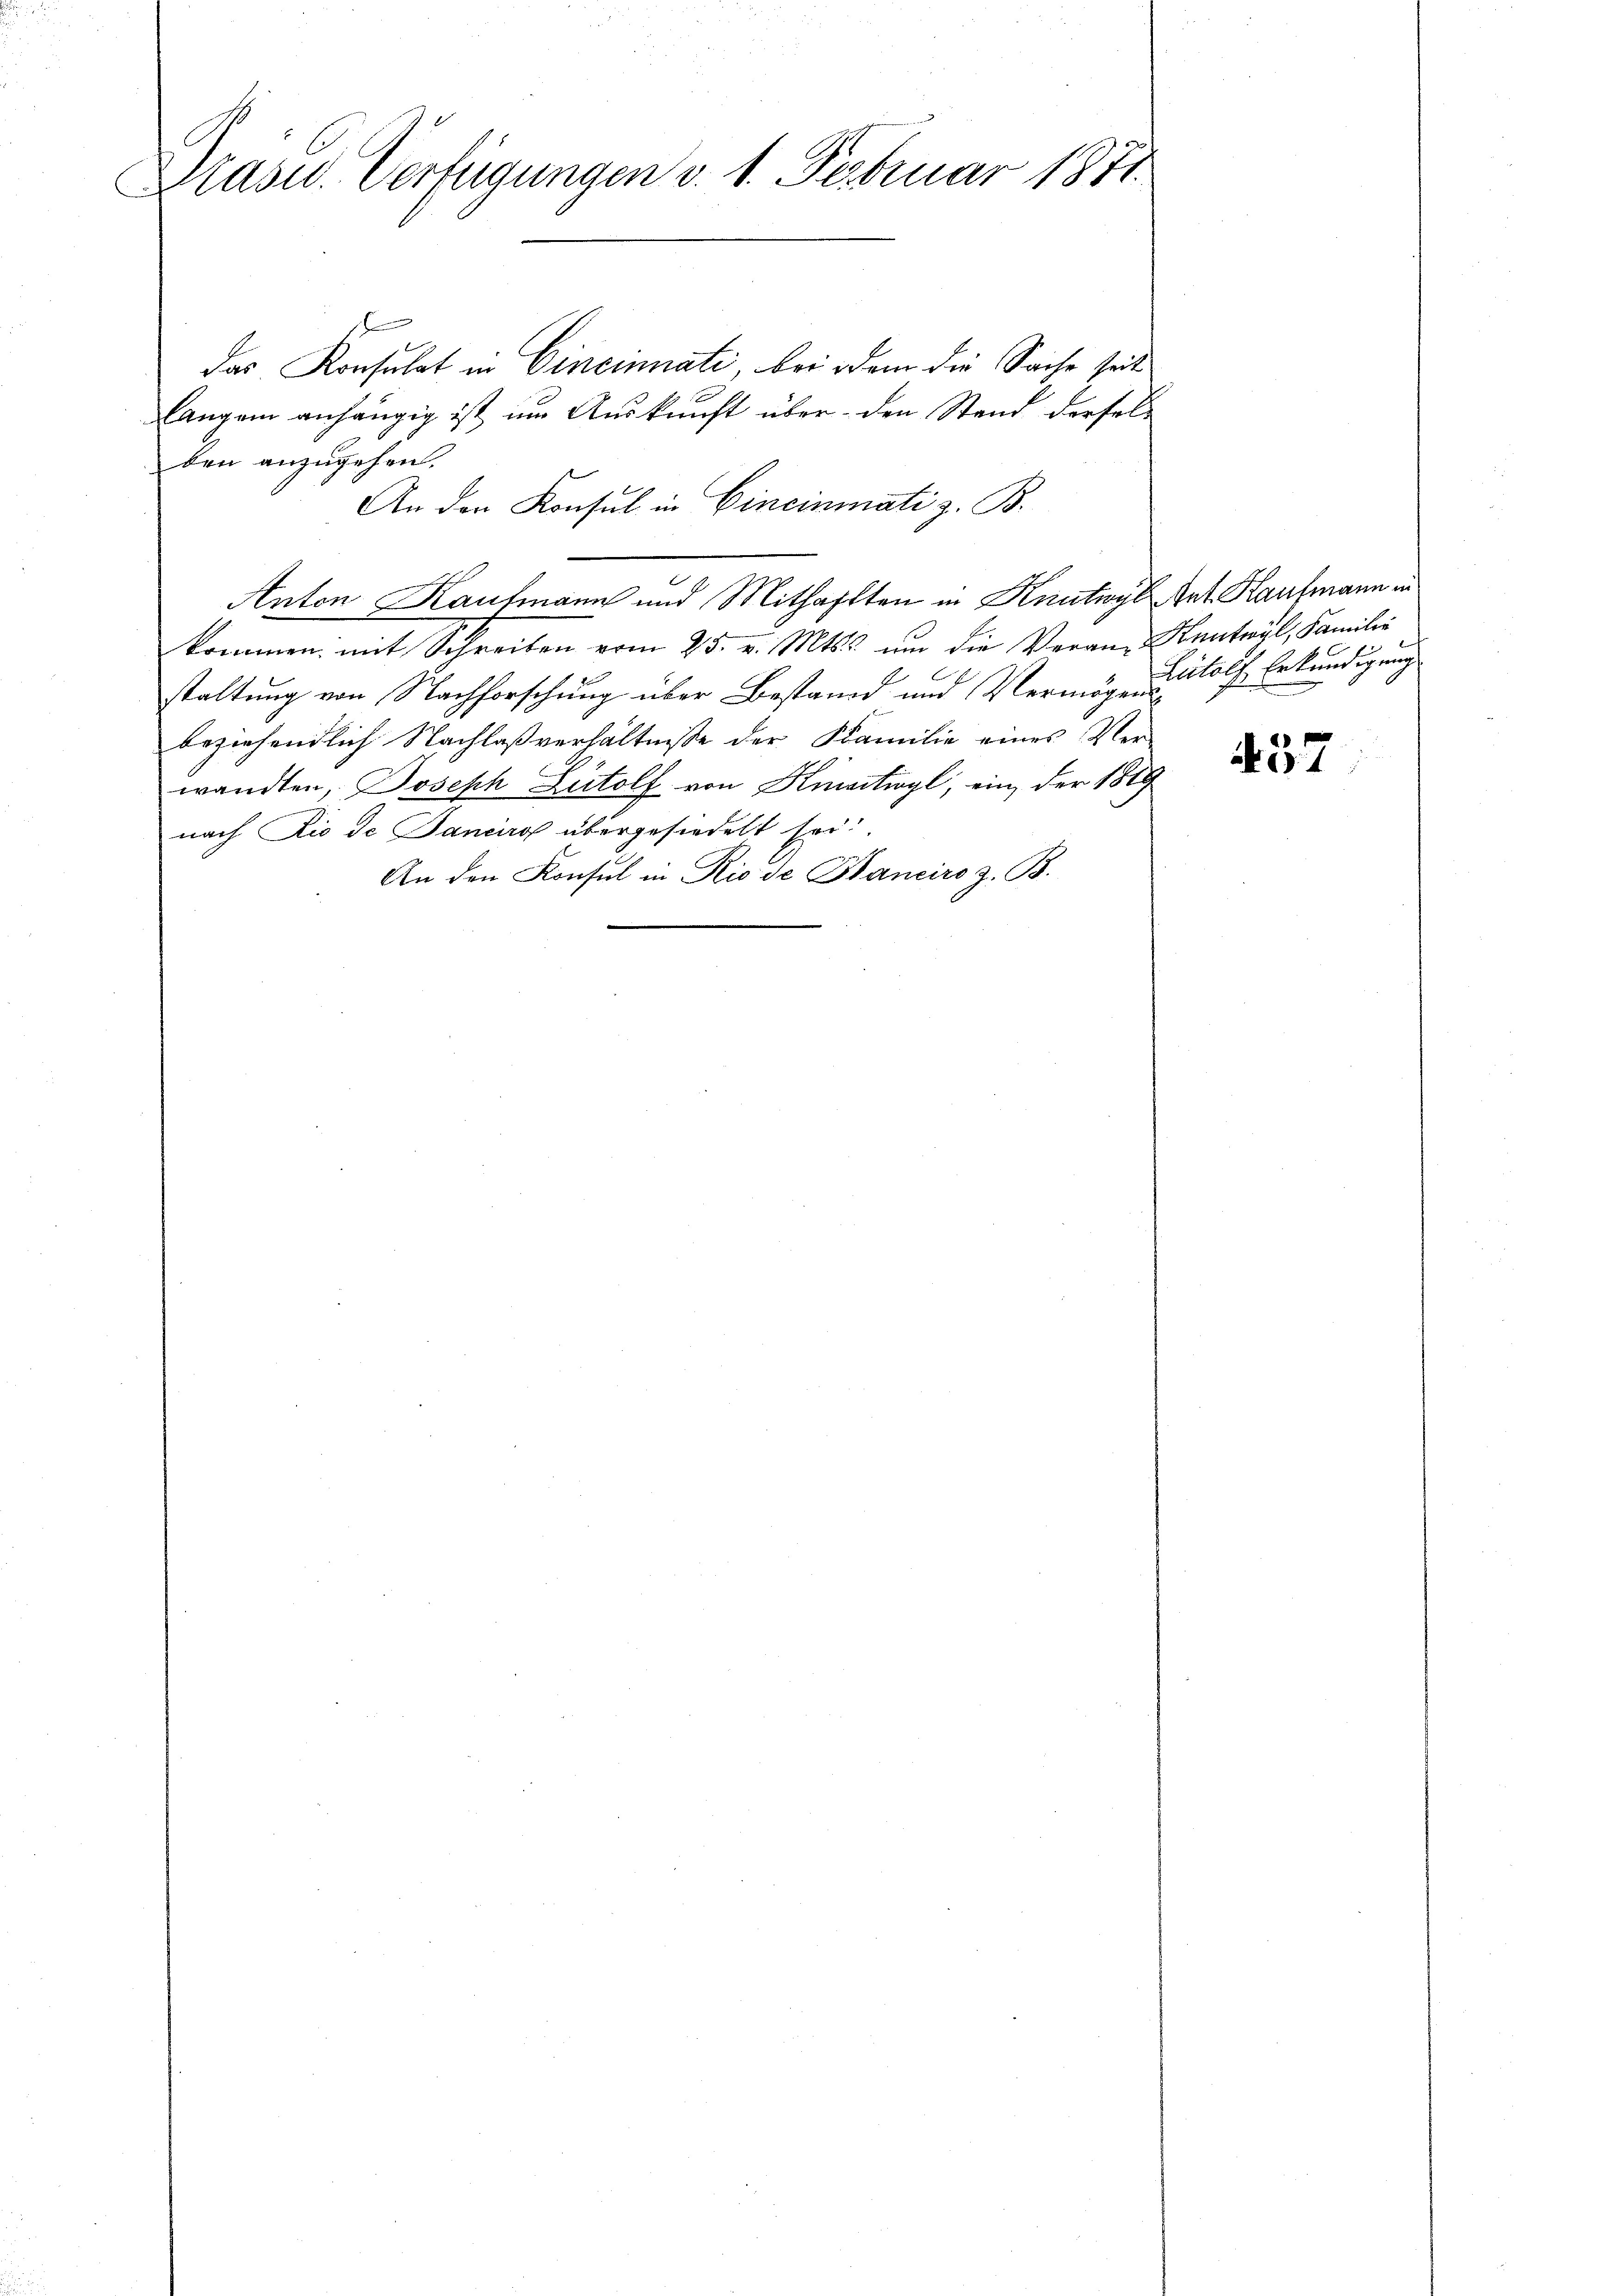
Kasu. Verfügungen v. 1. Februar 1871.
C

.
das Konsulat in Cincinnati bei dem die Sache seit
Langen anhängig ist im Auskunft über den Stand derselben anzugehen.
An den Konsul in Cincinati z. B.
Anton Kaufmann und Mithafften in Knutwyl des Kaufmann in
kommen, mit Schreiben vom 25. v. Mts. um die Veran- Heutwyl, Familie
staltung von Nachforschung über Bestand und Vermögen Wolf, Erkundigung
beziehendlich Nachlaßverhältnisse der Familie eines Ver-
wandten, Joseph Zutolf von Kinactwyl, ein, der 1819
nach Die de Sanciro übergesiedelt sei.
An den Konsul in Rio de Bancirs z. B.

457